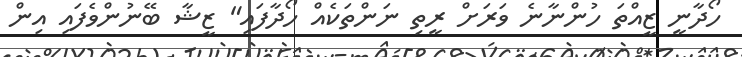
ހޯދާނީ ޒީއްތަ ހުންނާނެ ވަރަށް ރީތި ނަންތަކެއް ހޯދާފައި" ޒީޝާ ބޭނުންވެފައި އިން